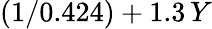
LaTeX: (1/0.424)+1.3\, Y